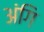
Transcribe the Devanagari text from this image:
अंगि